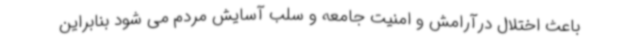
باعث اختلال درآرامش و امنیت جامعه و سلب آسایش مردم می شود بنابراین